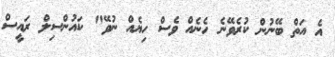
އެ އަތް ބޭނުން ކުރެވޭނެ ހެނެއް ވެސް ހިޔެއް ނުވޭ" ކައުންސިލް ރައީސް